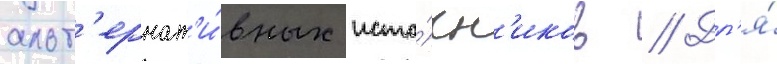
альт'ернат'и́вных исто́чн'иков // Дл'я́